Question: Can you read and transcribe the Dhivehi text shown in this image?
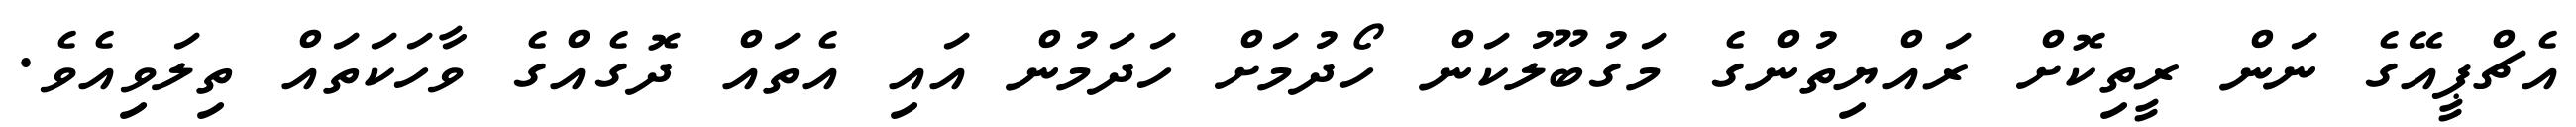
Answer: އެޗްޕީއޭގެ ނަން ރީތިކޮށް ރައްޔިތުންގެ މަގުބޫލުކަން ހޯދުމަށް ހަދަމުން އައި އެތައް ދޮގެއްގެ ވާހަކަތައް ތިލަވިއެވެ.